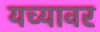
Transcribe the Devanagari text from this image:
यच्यावर